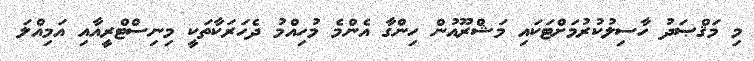
މި މަޤްޞަދު ހާސިލުކުރުމަށްޓަކައި މަޝްރޫއުން ހިންގާ އެންމެ މުހިއްމު ދެހަރަކާތަކީ މިނިސްޓްރީއާއި އަމިއްލަ